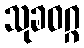
သုခဝဂ္ဂ